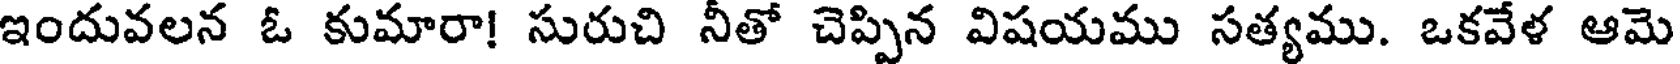
ఇందువలన ఓ కుమారా! సురుచి నీతో చెప్పిన విషయము సత్యము. ఒకవేళ ఆమె